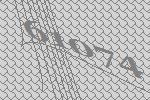
61074